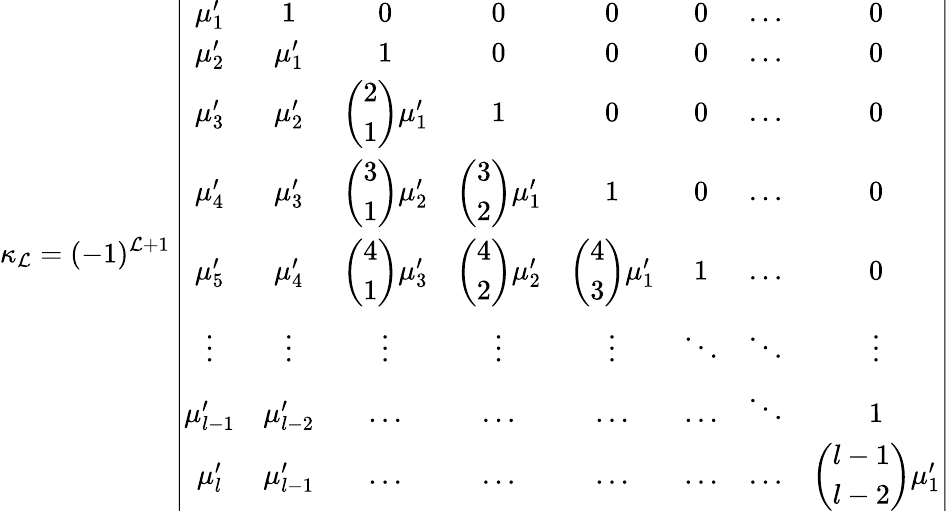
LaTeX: \kappa_{\mathcal{L}}=(-1)^{\mathcal{L}+1}\left|{\begin{array}{cccccccc}{\mu_{1}^{\prime}}&{1}&{0}&{0}&{0}&{0}&{\ldots}&{0}\\ {\mu_{2}^{\prime}}&{\mu_{1}^{\prime}}&{1}&{0}&{0}&{0}&{\ldots}&{0}\\ {\mu_{3}^{\prime}}&{\mu_{2}^{\prime}}&{\left({\begin{array}{l}{2}\\ {1}\end{array}}\right)\mu_{1}^{\prime}}&{1}&{0}&{0}&{\ldots}&{0}\\ {\mu_{4}^{\prime}}&{\mu_{3}^{\prime}}&{\left({\begin{array}{l}{3}\\ {1}\end{array}}\right)\mu_{2}^{\prime}}&{\left({\begin{array}{l}{3}\\ {2}\end{array}}\right)\mu_{1}^{\prime}}&{1}&{0}&{\ldots}&{0}\\ {\mu_{5}^{\prime}}&{\mu_{4}^{\prime}}&{\left({\begin{array}{l}{4}\\ {1}\end{array}}\right)\mu_{3}^{\prime}}&{\left({\begin{array}{l}{4}\\ {2}\end{array}}\right)\mu_{2}^{\prime}}&{\left({\begin{array}{c}{4}\\ {3}\end{array}}\right)\mu_{1}^{\prime}}&{1}&{\ldots}&{0}\\ {\vdots}&{\vdots}&{\vdots}&{\vdots}&{\vdots}&{\ddots}&{\ddots}&{\vdots}\\ {\mu_{l-1}^{\prime}}&{\mu_{l-2}^{\prime}}&{\ldots}&{\ldots}&{\ldots}&{\ldots}&{\ddots}&{1}\\ {\mu_{l}^{\prime}}&{\mu_{l-1}^{\prime}}&{\ldots}&{\ldots}&{\ldots}&{\ldots}&{\ldots}&{\left({\begin{array}{l}{l-1}\\ {l-2}\end{array}}\right)\mu_{1}^{\prime}}\end{array}}\right|